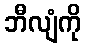
ဘီလျံကို